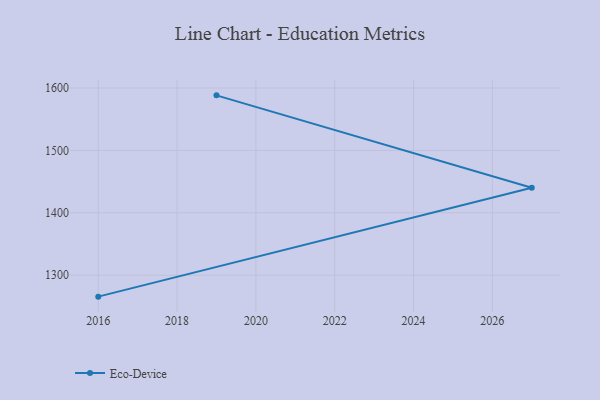
{"axis": {"x": "Year", "y": "Population (Million)"}, "legend": ["Eco-Device"], "data": [{"x": "2016", "y": 1265.6, "type": "Eco-Device"}, {"x": "2027", "y": 1440.2, "type": "Eco-Device"}, {"x": "2019", "y": 1588.2, "type": "Eco-Device"}]}